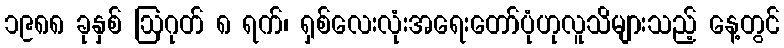
၁၉၈၈ ခုနှစ် ဩဂုတ် ၈ ရက်၊ ရှစ်လေးလုံးအရေးတော်ပုံဟုလူသိများသည့် နေ့တွင်